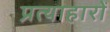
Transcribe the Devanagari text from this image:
प्रत्याहारों